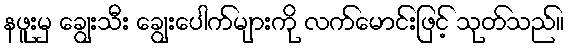
နဖူးမှ ချွေးသီး ချွေးပေါက်များကို လက်မောင်းဖြင့် သုတ်သည်။